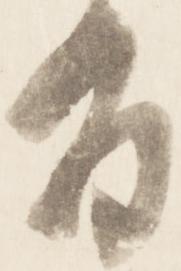
間